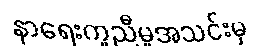
နာရေးကူညီမှုအသင်းမှ